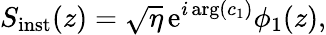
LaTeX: S_{\mathrm{inst}}(z)=\sqrt{\eta}\, \mathrm{e}^{i\arg(c_{1})}\phi_{1}(z),